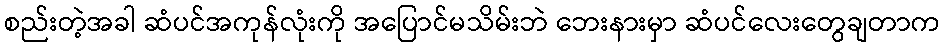
စည်းတဲ့အခါ ဆံပင်အကုန်လုံးကို အပြောင်မသိမ်းဘဲ ဘေးနားမှာ ဆံပင်လေးတွေချတာက